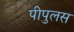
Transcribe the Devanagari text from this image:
पीपुलस